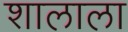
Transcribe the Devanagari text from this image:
शालाला